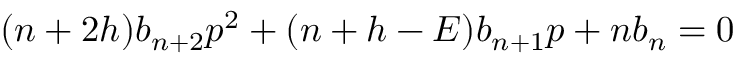
\l ( n + 2 h ) b _ { n + 2 } p ^ { 2 } + ( n + h - E ) b _ { n + 1 } p + \l n b _ { n } = 0